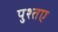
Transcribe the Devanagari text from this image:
पुश्तए